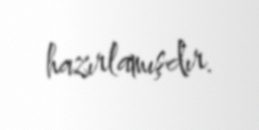
hazırlamışdır.